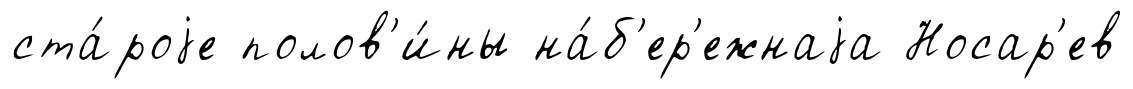
ста́роjе полов'и́ны на́б'ер'ежнаjа Носар'ев